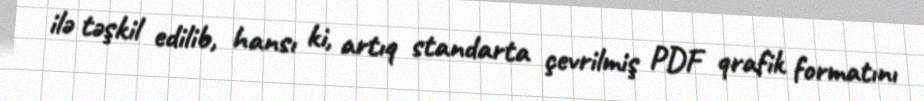
ilə təşkil edilib, hansı ki, artıq standarta çevrilmiş PDF qrafik formatını